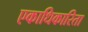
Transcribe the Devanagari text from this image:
एकाधिकारिता